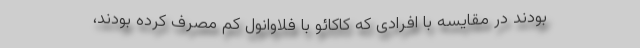
بودند در مقایسه با افرادی که کاکائو با فلاوانول کم مصرف کرده بودند،